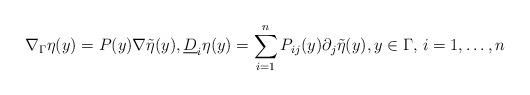
LaTeX: \begin{align*} \nabla_\Gamma\eta(y) = P(y)\nabla\tilde{\eta}(y), \underline{D}_i\eta(y) = \sum_{i=1}^nP_{ij}(y)\partial_j\tilde{\eta}(y), y\in\Gamma, \, i=1,\dots,n\end{align*}